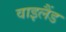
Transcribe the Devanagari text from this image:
वाइलैंड